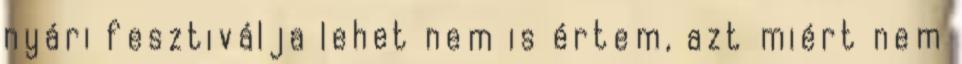
nyári fesztiválja lehet nem is értem, azt miért nem